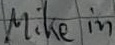
Text: Mike in